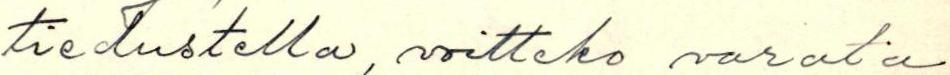
tiedustella, voitteko varata